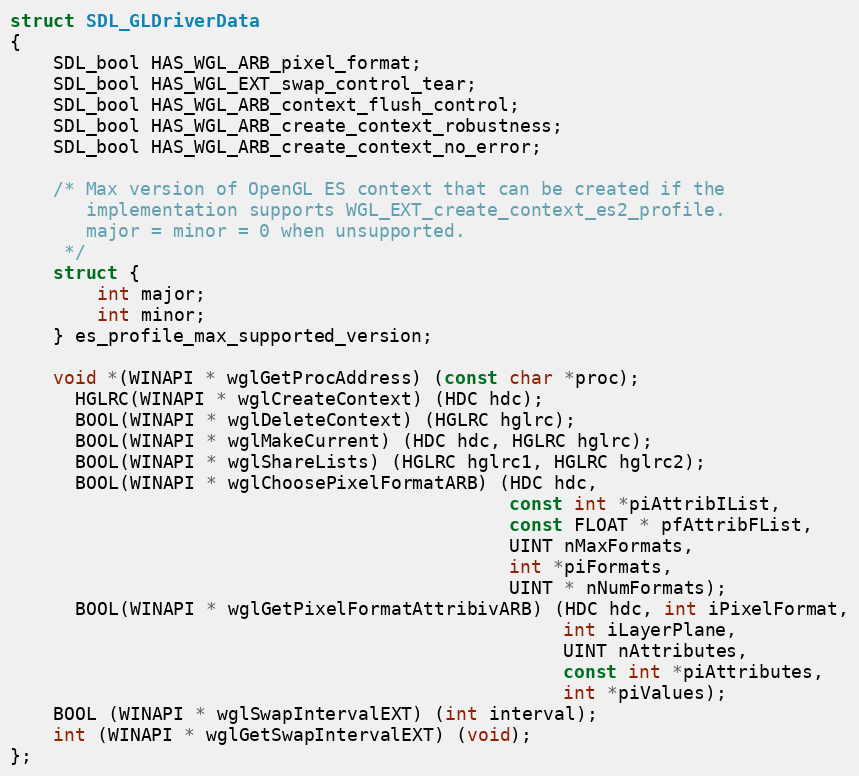
Language: C
struct SDL_GLDriverData
{
    SDL_bool HAS_WGL_ARB_pixel_format;
    SDL_bool HAS_WGL_EXT_swap_control_tear;
    SDL_bool HAS_WGL_ARB_context_flush_control;
    SDL_bool HAS_WGL_ARB_create_context_robustness;
    SDL_bool HAS_WGL_ARB_create_context_no_error;

	/* Max version of OpenGL ES context that can be created if the
	   implementation supports WGL_EXT_create_context_es2_profile.
	   major = minor = 0 when unsupported.
	 */
	struct {
		int major;
		int minor;
	} es_profile_max_supported_version;

	void *(WINAPI * wglGetProcAddress) (const char *proc);
      HGLRC(WINAPI * wglCreateContext) (HDC hdc);
      BOOL(WINAPI * wglDeleteContext) (HGLRC hglrc);
      BOOL(WINAPI * wglMakeCurrent) (HDC hdc, HGLRC hglrc);
      BOOL(WINAPI * wglShareLists) (HGLRC hglrc1, HGLRC hglrc2);
      BOOL(WINAPI * wglChoosePixelFormatARB) (HDC hdc,
                                              const int *piAttribIList,
                                              const FLOAT * pfAttribFList,
                                              UINT nMaxFormats,
                                              int *piFormats,
                                              UINT * nNumFormats);
      BOOL(WINAPI * wglGetPixelFormatAttribivARB) (HDC hdc, int iPixelFormat,
                                                   int iLayerPlane,
                                                   UINT nAttributes,
                                                   const int *piAttributes,
                                                   int *piValues);
    BOOL (WINAPI * wglSwapIntervalEXT) (int interval);
    int (WINAPI * wglGetSwapIntervalEXT) (void);
};